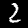
Label: 2